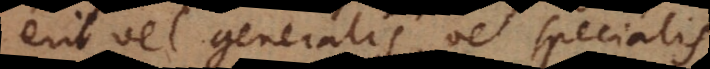
erit vel generalis, vel specialis.